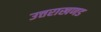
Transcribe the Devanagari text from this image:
उत्तराखणड